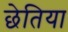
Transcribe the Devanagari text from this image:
छेतिया